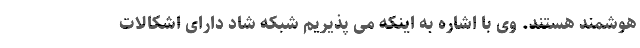
هوشمند هستند. وی با اشاره به اینکه می پذیریم شبکه شاد دارای اشکالات